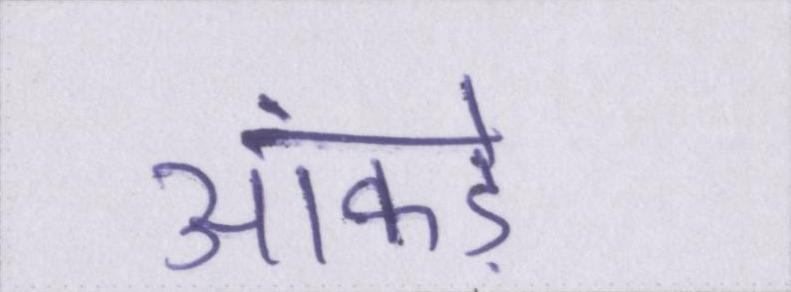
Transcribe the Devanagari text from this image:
आंकड़े